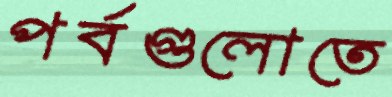
পর্বগুলোতে